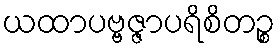
ယထာပဗ္ဗဇ္ဇာပရိစိတဉ္စ